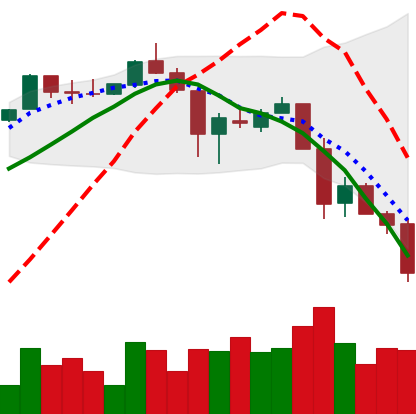
Ticker: XLM-USD
Chart end date: 2018-11-24
Forward return: 7.052%
Label: up_7plus